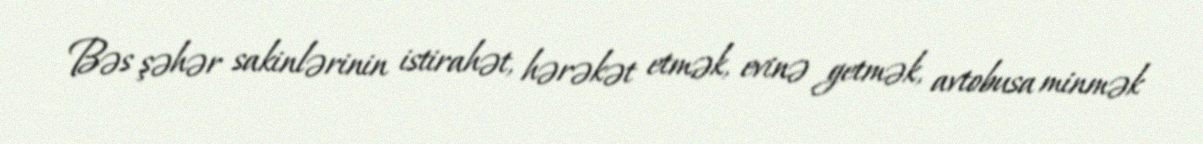
Bəs şəhər sakinlərinin istirahət, hərəkət etmək, evinə getmək, avtobusa minmək